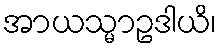
အာယသ္မာဥဒါယိ၊